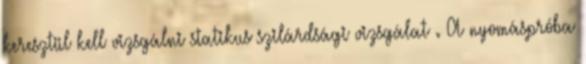
keresztül kell vizsgálni statikus szilárdsági vizsgálat . A nyomáspróba